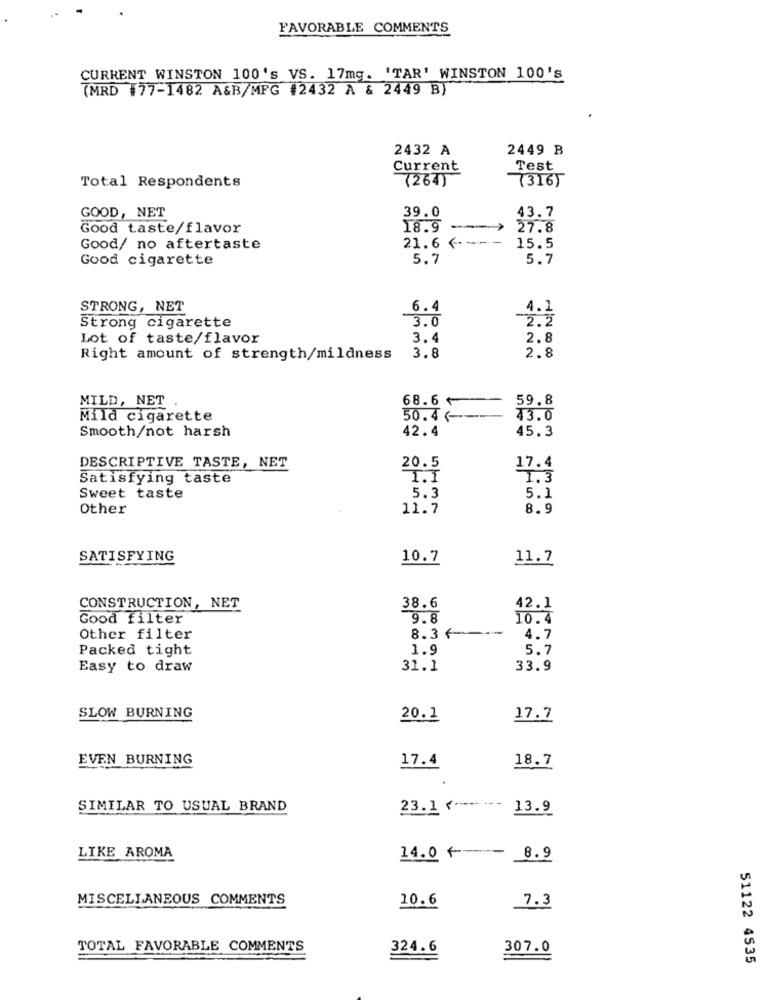
FAVORABLE COMMENTS
CURRENT WINSTON 100's VS. 17mg. 'TAR' WINSTON 100's
(MRD #77-1482 A&B/MFG #2432 A & 2449 B)
2432 A
2449 B
Current
Test
(264)
73165
Total Respondents
GOOD, NET
39.0
43.7
Good taste/flavor
18.9
27.8
21.6 <--
Good/ no aftertaste
15.5
Good cigarette
5.7
5.7
STRONG, NET
6.4
4.1
3.0
-2.2
Strong cigarette
Lot of taste/flavor
3.4
2.8
Right amount of strength/mildness
3.8
2.8
MILD, NET
68.6
59.8
Mild cigarette
50.4 (-
43.0
42.4
45.3
Smooth/not harsh
DESCRIPTIVE TASTE, NET
20.5
17.4
Satisfying taste
I.I
Sweet taste
5.3
5.1
Other
11.7
8.9
SATISFYING
10.7
11.7
CONSTRUCTION, NET
38.6
42.1
Good filter
9.8
10.4
8.3 6 -----
Other filter
4.7
Packed tight
1.9
5.7
Easy to draw
31.1
33.9
SLOW BURNING
20.1
17.7
EVEN BURNING
17.4
18.7
SIMILAR TO USUAL BRAND
23.1 ( ----- --- 13.9
LIKE AROMA
14.0 4 - 8.9
MISCELLANEOUS COMMENTS
10.6
7.3
TOTAL FAVORABLE COMMENTS
324.6
307.0
51122 4535